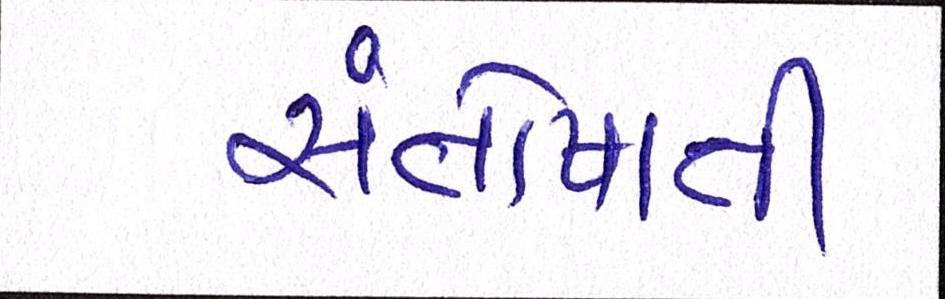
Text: સંતોષાતી